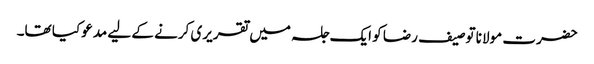
حضرت مولانا توصیف رضا کو ایک جلسہ میں تقریری کرنے کے لیے مدعو کیا تھا۔